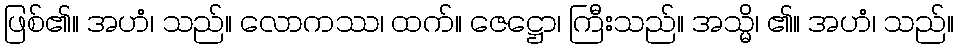
ဖြစ်၏။ အဟံ၊ သည်။ လောကဿ၊ ထက်။ ဇေဋ္ဌော၊ ကြီးသည်။ အသ္မိ၊ ၏။ အဟံ၊ သည်။